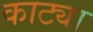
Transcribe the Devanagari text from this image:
काट्या